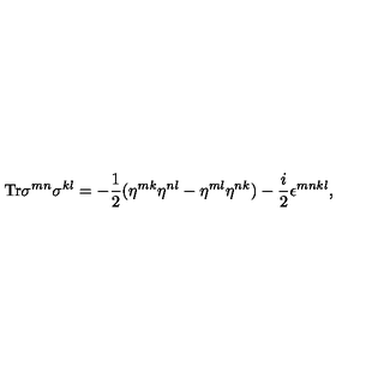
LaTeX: \mathrm { T r } \sigma ^ { m n } \sigma ^ { k l } = - \frac 1 2 ( \eta ^ { m k } \eta ^ { n l } - \eta ^ { m l } \eta ^ { n k } ) - \frac i 2 \epsilon ^ { m n k l } ,